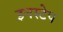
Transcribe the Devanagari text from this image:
इनस्टेप